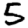
Digit: 5